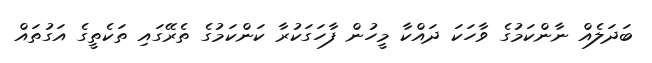
ބަދަލެއް ނާންކަމުގެ ވާހަކަ ދައްކާ މީހުން ފާހަގަކުރާ ކަންކަމުގެ ތެރޭގައި ތަކެތީގެ އަގުތައް